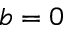
b = 0